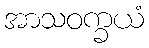
အာသဝက္ခယံ